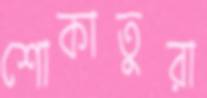
শোকাতুরা